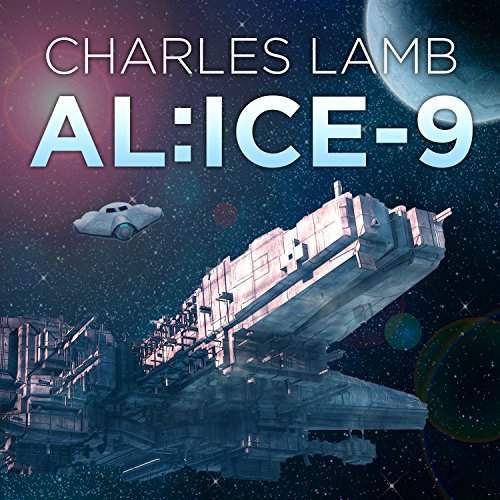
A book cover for Alice-9: Alice Series #2; Charles Lamb; Science Fiction & Fantasy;